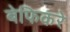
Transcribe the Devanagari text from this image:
बेफिकरे